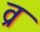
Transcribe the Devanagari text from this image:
व्र